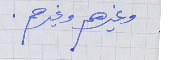
وغيرهم وغيرهم .